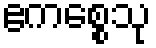
ဧကစ္စေသု